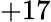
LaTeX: +17